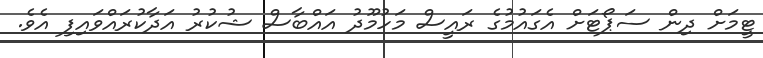
ޓީމަށް ދިން ސަޕޯޓަށް އެގައުމުގެ ރައީސް މަހުމޫދު އައްބާސް ޝުކުރު އަދާކުރައްވައިފި އެވެ.